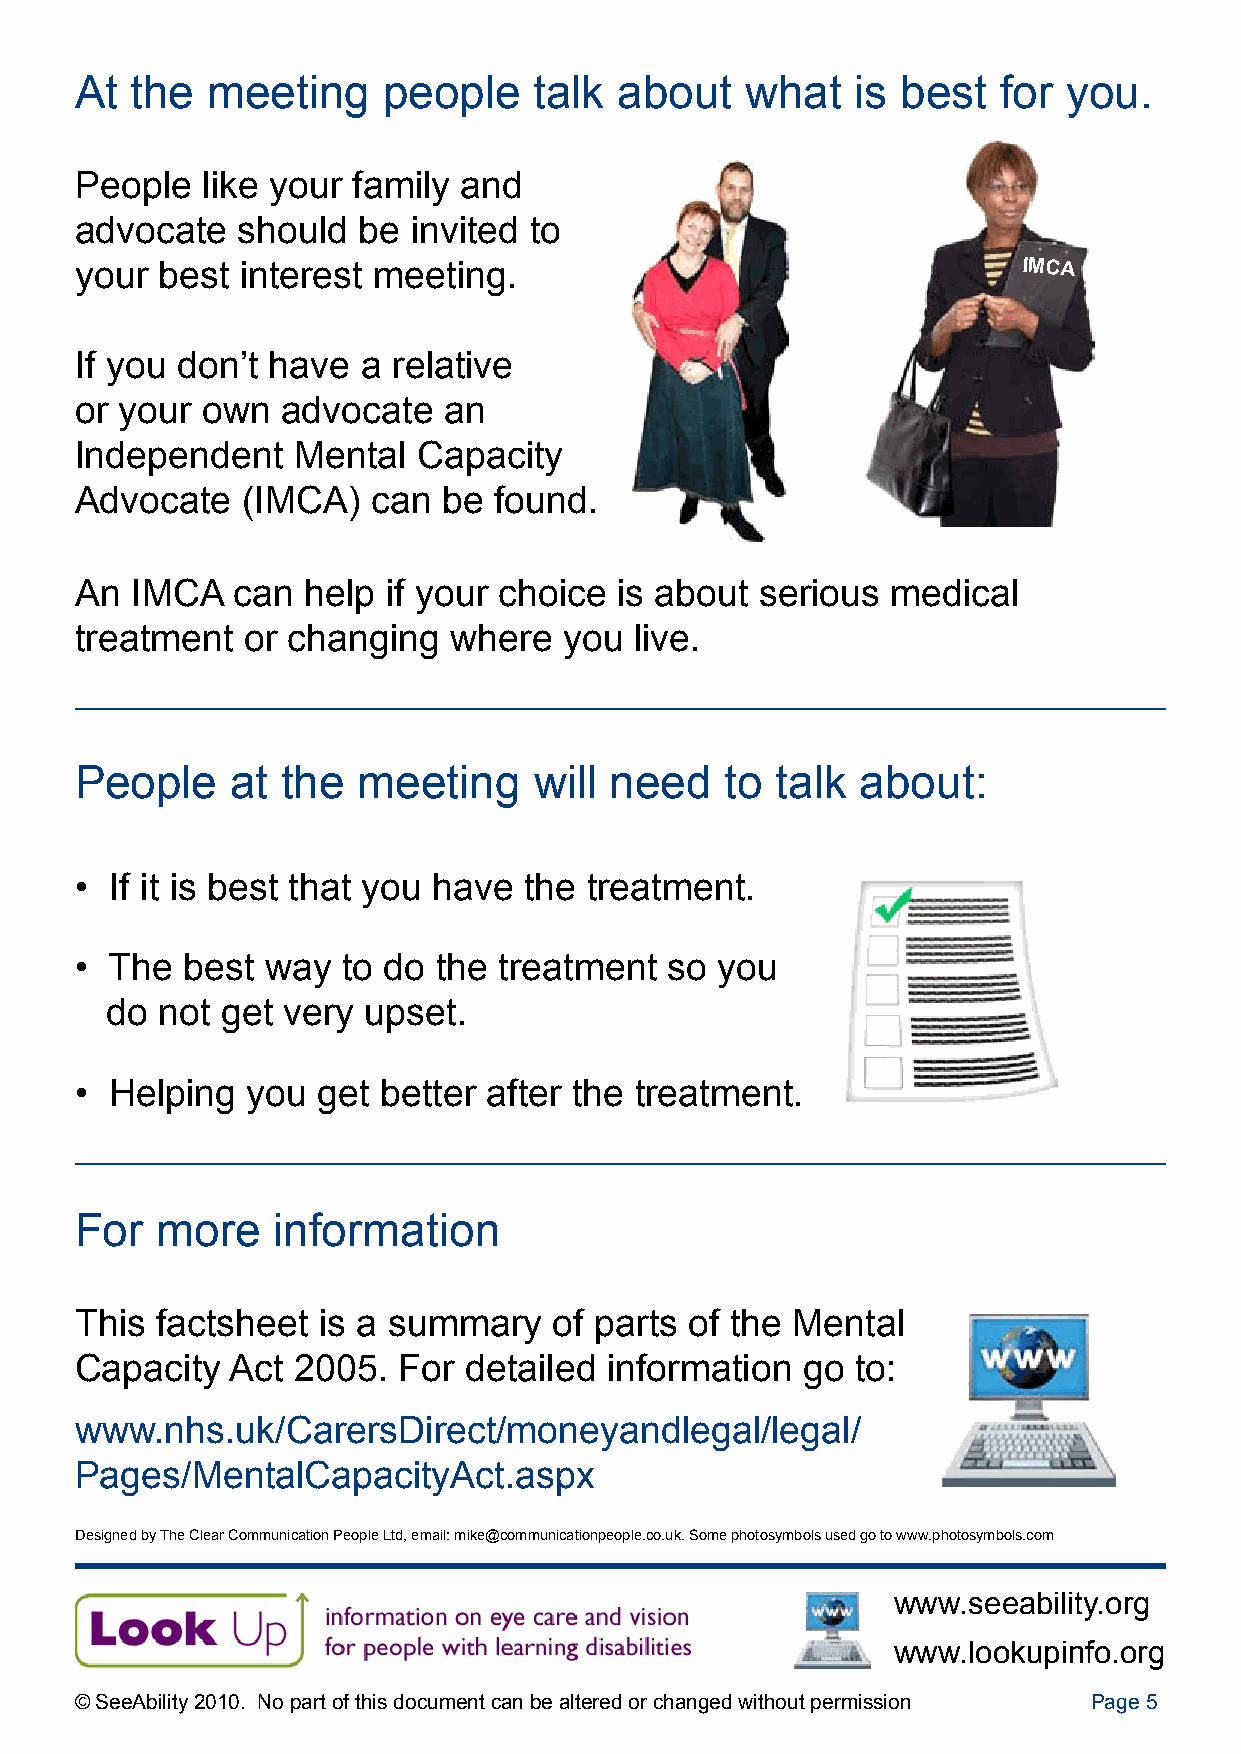
At  the  meeting    people    talk  about   what    is best  for  you.
 People  like your family and
 advocate   should  be invited to
 your best  interest meeting.                                   IMCA
 If you don’t have  a relative
 or your own   advocate  an
 Independent   Mental   Capacity
 Advocate   (IMCA)   can be  found.
 An  IMCA  can  help  if your choice is about serious  medical
 treatment  or changing   where  you  live.
 People    at  the  meeting    will need    to talk  about:
 • If it is best that you have the treatment.
 • The  best  way  to do the treatment  so you
 do not  get very upset.
 • Helping  you  get better after the treatment.
 For  more    information
 This factsheet  is a summary    of parts of the Mental
 Capacity  Act 2005.  For  detailed information  go  to:
 www.nhs.uk/CarersDirect/moneyandlegal/legal/
 Pages/MentalCapacityAct.aspx
 Designed by The Clear Communication People Ltd, email: mike@communicationpeople.co.uk. Some photosymbols used go to www.photosymbols.com
 www.seeability.org
 www.lookupinfo.org
 © SeeAbility 2010. No part of this document can be altered or changed without permission Page 5